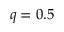
q = 0 . 5